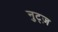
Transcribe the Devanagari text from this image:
नुट्ज़